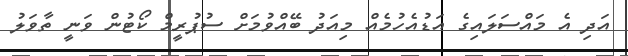
އަދި އެ މައްސަލައިގެ އަޑުއެހުމެއް މިއަދު ބޭއްވުމަށް ސުޕުރީމް ކޯޓުން ވަނީ ތާވަލު